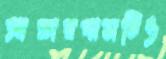
আন্ডারপাসটিও